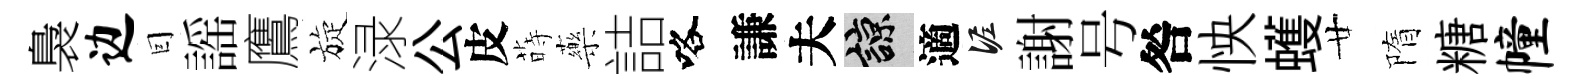
裊边囙謡鷹旋渌公皮蒔藥詰咯謙夫諒適泥謝号咎怏蠖廿隋糖幢